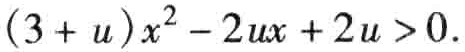
\((3 + u)x^{2}-2ux + 2u > 0\)